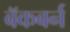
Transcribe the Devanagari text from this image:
बॅकबर्न